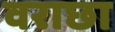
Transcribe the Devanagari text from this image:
वराछा